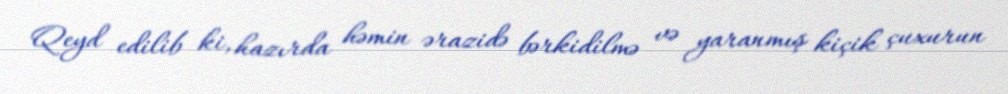
Qeyd edilib ki, hazırda həmin ərazidə bərkidilmə və yaranmış kiçik çuxurun